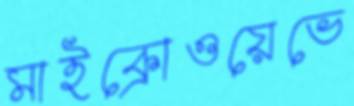
মাইক্রোওয়েভে